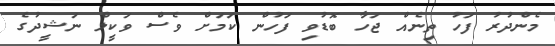
މެންދުރު ފަހު ތިނެއް ޖަހާ ބޮޑުވި ފަހުން ކަމަށް ވެސް ވަކީލް ނަޝީދުގެ